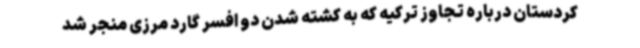
کردستان درباره تجاوز ترکیه که به کشته شدن دو افسر گارد مرزی منجر شد